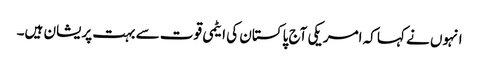
انہوں نے کہا کہ امریکی آج پاکستان کی ایٹمی قوت سے بہت پریشان ہیں۔